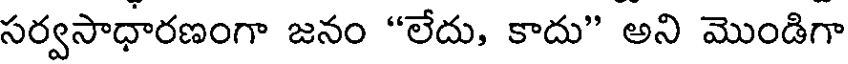
సర్వసాధారణంగా జనం "లేదు, కాదు" అని మొండిగా